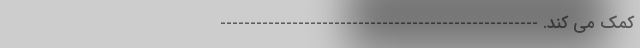
کمک می کند. -----------------------------------------------------